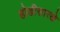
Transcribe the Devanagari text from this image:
होडीसारखे